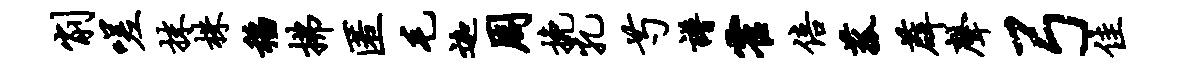
削嗟抹株稻拂匿毛迦周挽孔芍谱霍倍菰薜声弓佳